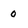
Character: 0